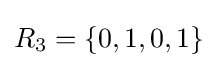
R_{3}=\{0,1,0,1\}